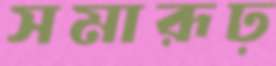
সমারূঢ়